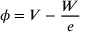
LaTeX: \phi = V - { \frac { W } { e } }